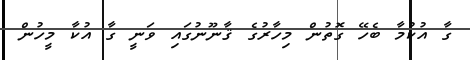
ގާ އުކުމާ ބެހޭ ގޮތުން މިހާރުގެ ޤާނޫނުގައި ވަނީ ގާ އުކާ މީހުން